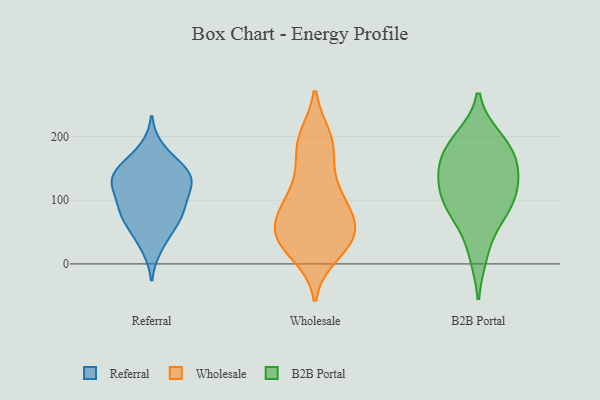
{"axis": {"x": "Waste Production (Tons)", "y": "Value"}, "legend": ["B2B Portal", "Referral", "Wholesale"], "data": [{"x": "", "y": 107, "type": "Referral"}, {"x": "", "y": 131, "type": "Referral"}, {"x": "", "y": 83, "type": "Referral"}, {"x": "", "y": 179, "type": "Referral"}, {"x": "", "y": 73, "type": "Referral"}, {"x": "", "y": 48, "type": "Referral"}, {"x": "", "y": 76, "type": "Referral"}, {"x": "", "y": 117, "type": "Referral"}, {"x": "", "y": 156, "type": "Referral"}, {"x": "", "y": 80, "type": "Referral"}, {"x": "", "y": 138, "type": "Referral"}, {"x": "", "y": 27, "type": "Referral"}, {"x": "", "y": 135, "type": "Referral"}, {"x": "", "y": 130, "type": "Referral"}, {"x": "", "y": 147, "type": "Referral"}, {"x": "", "y": 121, "type": "Wholesale"}, {"x": "", "y": 89, "type": "Wholesale"}, {"x": "", "y": 45, "type": "Wholesale"}, {"x": "", "y": 55, "type": "Wholesale"}, {"x": "", "y": 43, "type": "Wholesale"}, {"x": "", "y": 87, "type": "Wholesale"}, {"x": "", "y": 16, "type": "Wholesale"}, {"x": "", "y": 189, "type": "Wholesale"}, {"x": "", "y": 131, "type": "Wholesale"}, {"x": "", "y": 21, "type": "Wholesale"}, {"x": "", "y": 174, "type": "Wholesale"}, {"x": "", "y": 53, "type": "Wholesale"}, {"x": "", "y": 196, "type": "Wholesale"}, {"x": "", "y": 94, "type": "Wholesale"}, {"x": "", "y": 76, "type": "Wholesale"}, {"x": "", "y": 40, "type": "Wholesale"}, {"x": "", "y": 197, "type": "Wholesale"}, {"x": "", "y": 38, "type": "Wholesale"}, {"x": "", "y": 196, "type": "B2B Portal"}, {"x": "", "y": 81, "type": "B2B Portal"}, {"x": "", "y": 133, "type": "B2B Portal"}, {"x": "", "y": 131, "type": "B2B Portal"}, {"x": "", "y": 173, "type": "B2B Portal"}, {"x": "", "y": 187, "type": "B2B Portal"}, {"x": "", "y": 16, "type": "B2B Portal"}, {"x": "", "y": 89, "type": "B2B Portal"}, {"x": "", "y": 85, "type": "B2B Portal"}, {"x": "", "y": 125, "type": "B2B Portal"}, {"x": "", "y": 163, "type": "B2B Portal"}]}